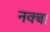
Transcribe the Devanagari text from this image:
नक्बा